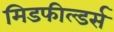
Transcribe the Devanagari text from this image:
मिडफील्‍डर्स